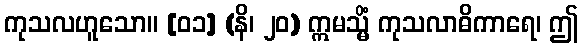
ကုသလဟူသော။ [၀၁] (နိ၊ ၂၀) ဣမသ္မိံ ကုသလာဓိကာရေ၊ ဤ